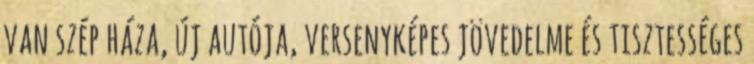
van szép háza, új autója, versenyképes jövedelme és tisztességes